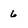
Character: 6